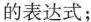
的表达式；